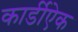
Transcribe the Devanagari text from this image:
कार्डीऐक